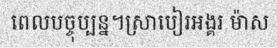
ពេលបច្ចុប្បន្ន។ស្រាបៀរអង្គរ ម៉ាស